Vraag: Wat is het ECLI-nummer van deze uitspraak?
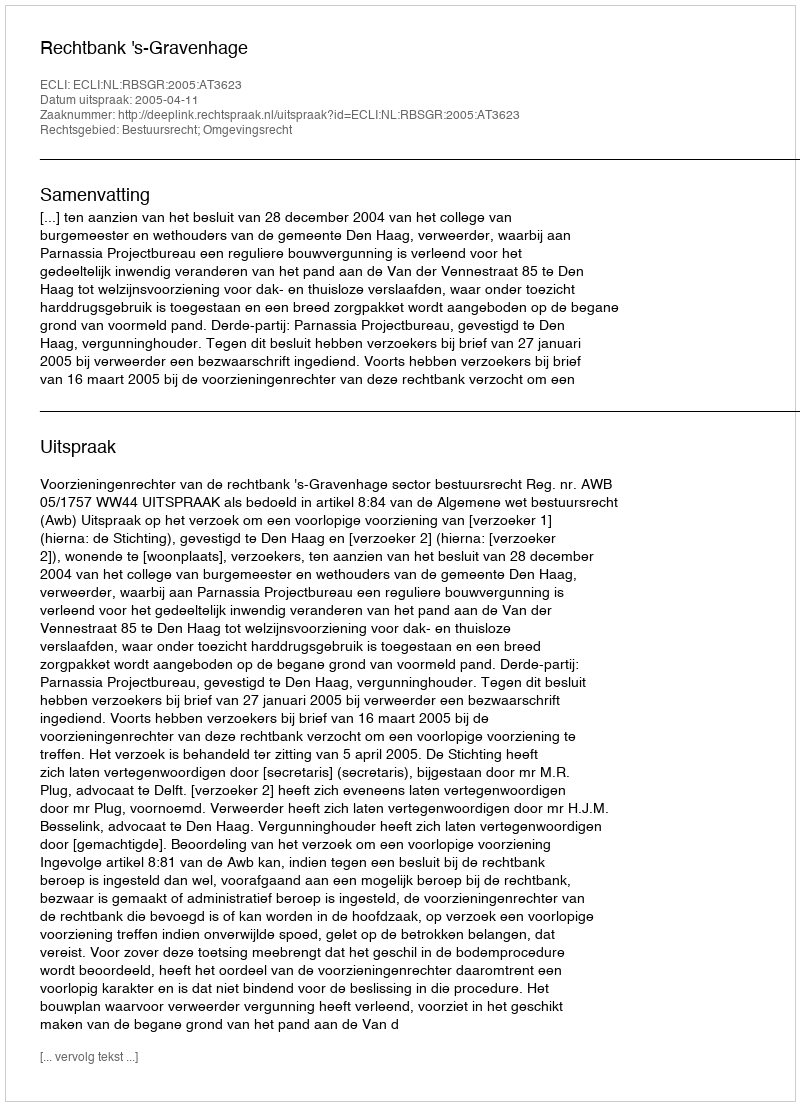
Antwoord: ECLI:NL:RBSGR:2005:AT3623